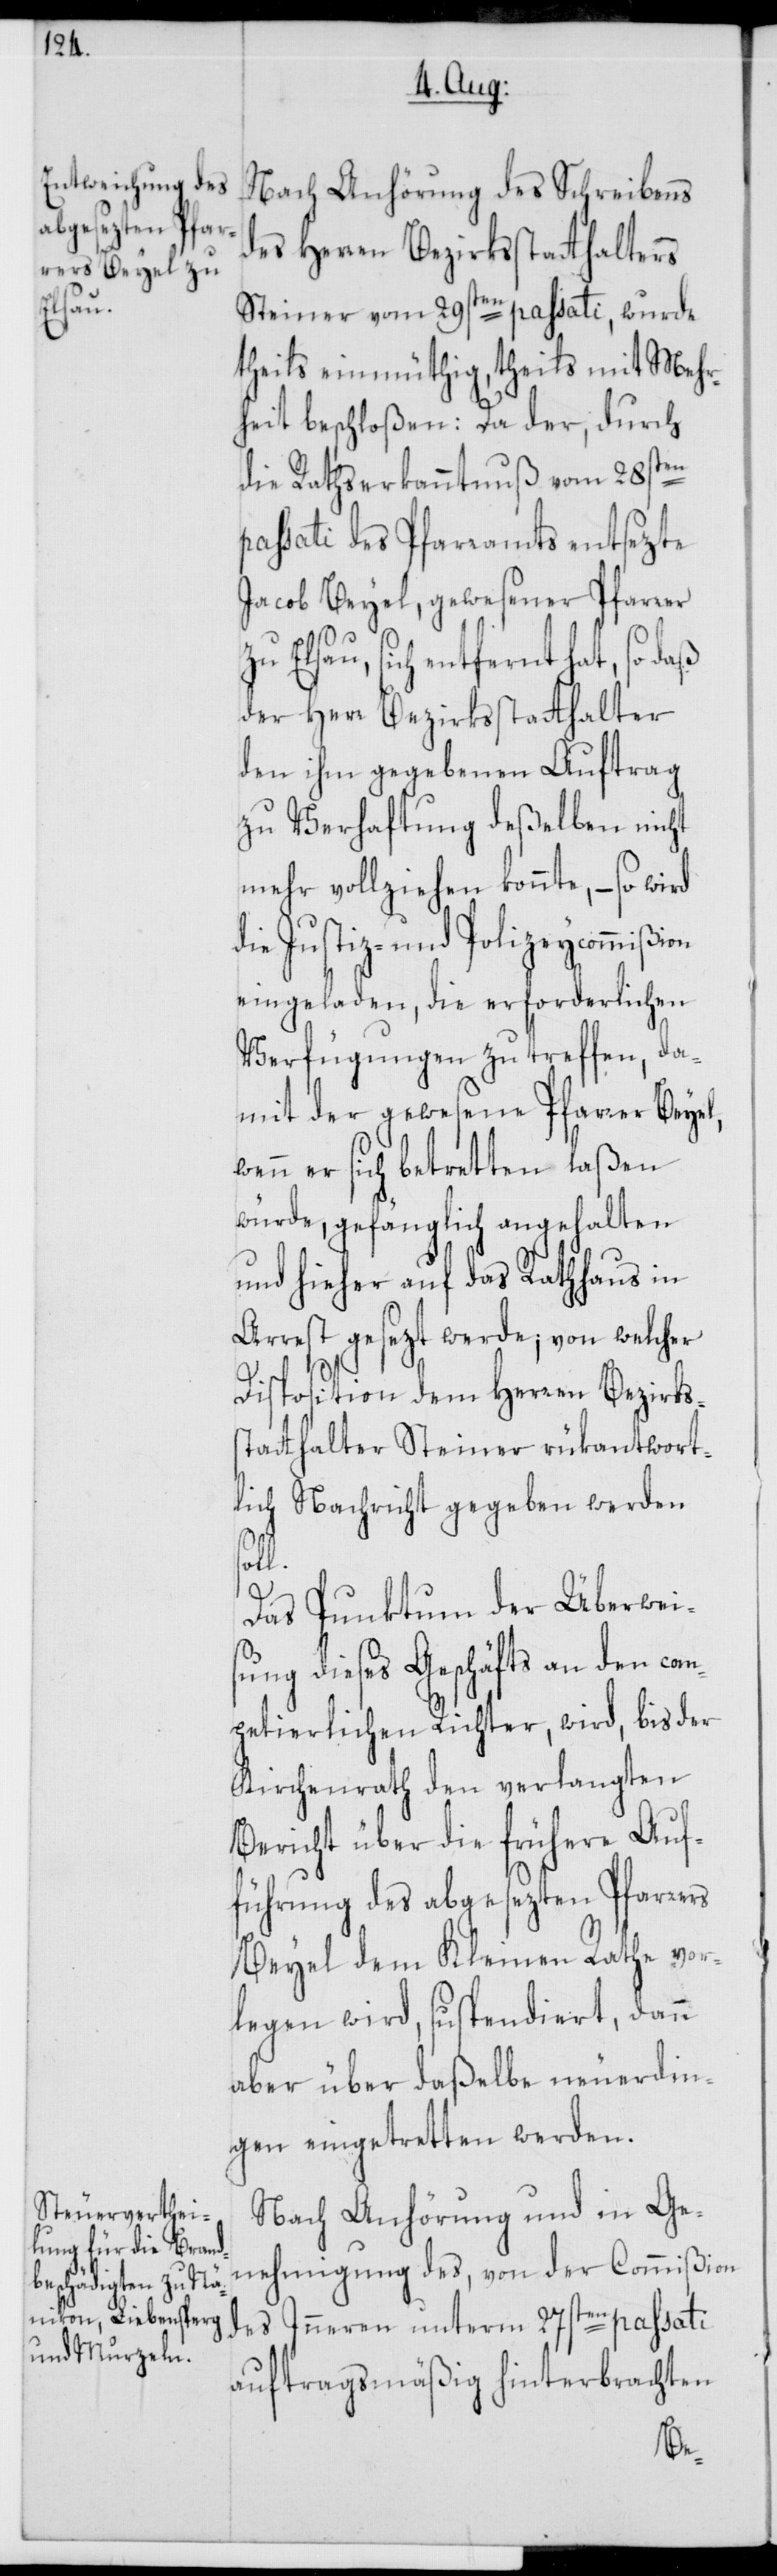
Nach Anhörung des Schreibens
des Herren Bezirksstatthalters
Steiner vom 29sten passati, wurde
theils einmüthig, theils mit Mehr¬
heit beschloßen: „Da der, durch
en
die Rathserkanntnuß vom 28st¬
passati des Pfarramts entsezte
Jacob Beyel, gewesener Pfarrer
Elsau, sich entfernt hat, so daß
der Herr Bezirksstatthalter
den ihm gegebenen Auftrag
zu Verhaftung deßelben nicht
mehr vollziehen konnte, – so wird
die Justiz- und Polizeycommißion
eingeladen, die erforderlichen
Verfügungen zu treffen, da¬
mit der gewesene Pfarrer Beyel,
wenn er sich betretten laßen
würde, gefänglich angehalten
und hieher auf das Rathhaus in
Arrest gesezt werde; von welcher
Disposition dem Herren Bezirks¬
statthalter Steiner rükantwort¬
lich Nachricht gegeben werden
soll.
Das Punktum der Überwei¬
sung dieses Geschäfts an den com¬
petierlichen Richter, wird, bis der
Kirchenrath den verlangten
Bericht über die frühere Auf¬
führung des abgesezten Pfarrers
Beyel dem Kleinen Rathe vor¬
legen wird, suspendiert, dann
aber über daßelbe neuerdin¬
gen eingetretten werden.
Nach Anhörung und in Ge¬
nehmigung des, von der Commißion
des Inneren unterm 27sten passati